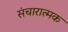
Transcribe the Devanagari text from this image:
संचारात्मक